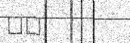
٣٩